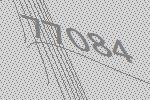
77084